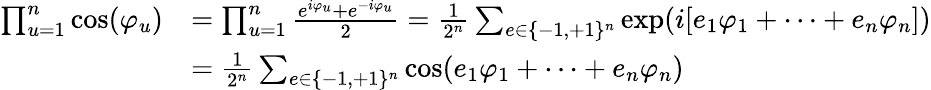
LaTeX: \begin{array}{rl}{\prod_{u=1}^{n}\cos(\varphi_{u})}&{=\prod_{u=1}^{n}\frac{e^{i\varphi_{u}}+e^{-i\varphi_{u}}}{2}=\frac{1}{2^{n}}\sum_{e\in\{ -1,+1\} ^{n}}\exp(i[e_{1}\varphi_{1}+\dots+e_{n}\varphi_{n}])}\\ &{=\frac{1}{2^{n}}\sum_{e\in\{ -1,+1\} ^{n}}\cos(e_{1}\varphi_{1}+\dots+e_{n}\varphi_{n})}\end{array}